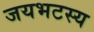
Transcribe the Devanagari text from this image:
जयभटस्य